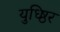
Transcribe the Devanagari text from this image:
युध्ष्ठिर